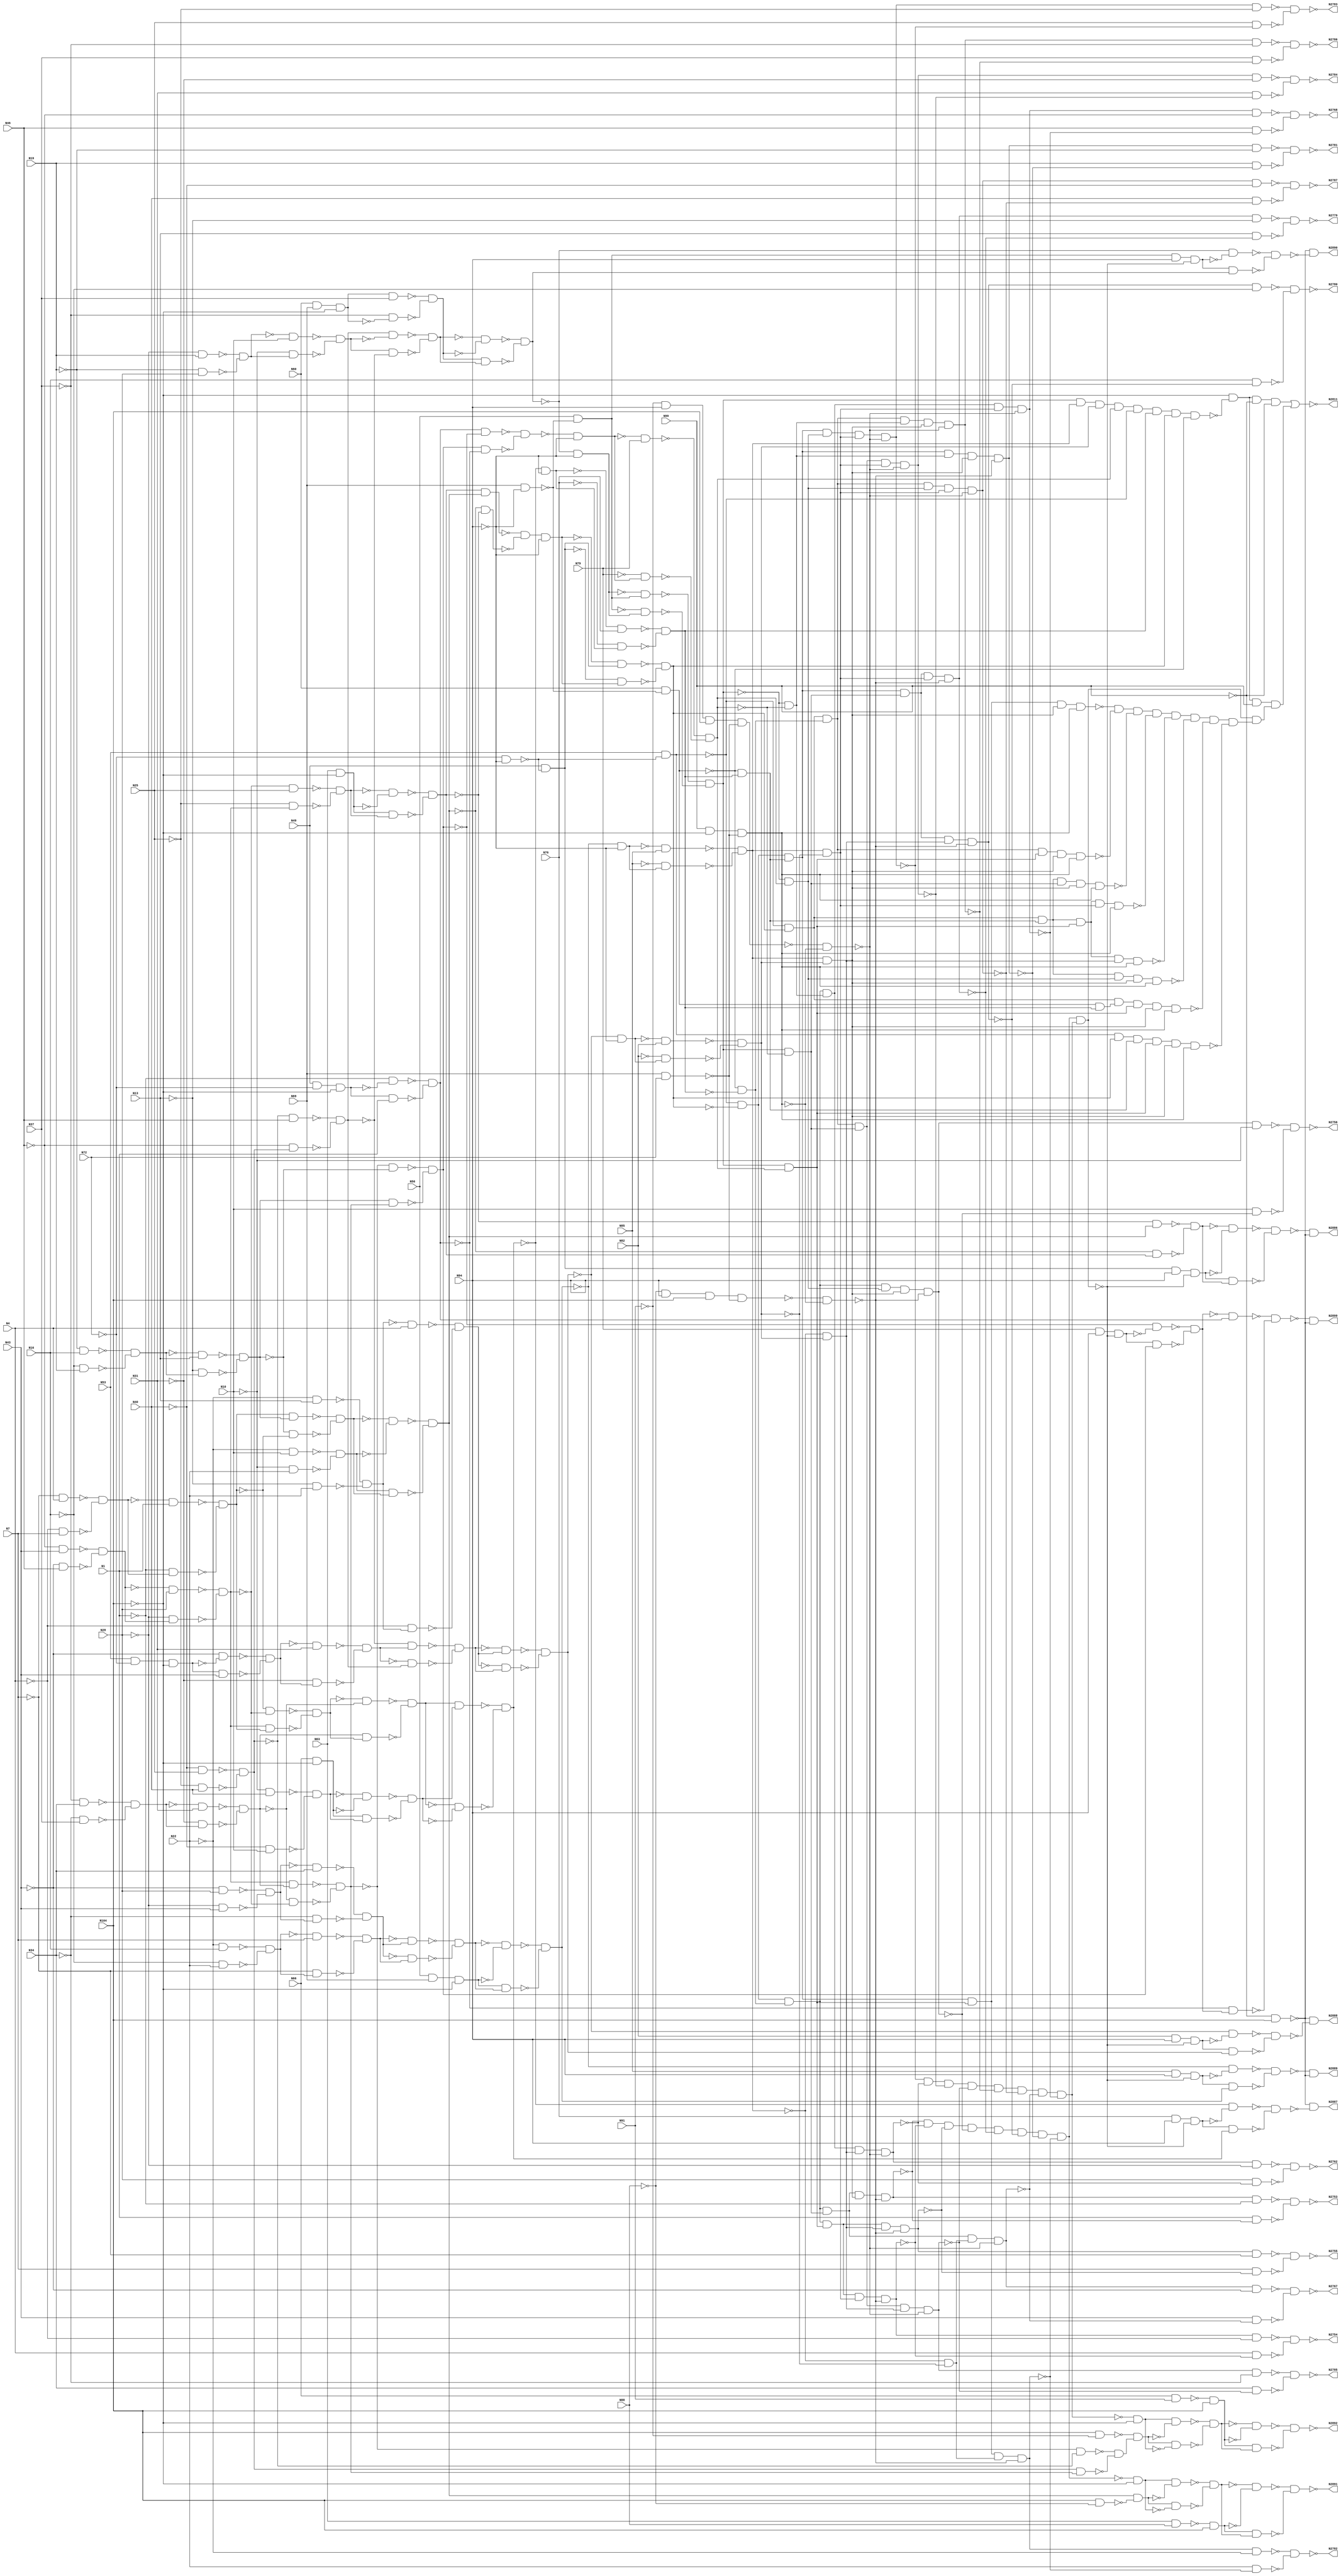
// Verilog
// c1908
// Ninputs 33
// Noutputs 25
// NtotalGates 880
// NOT1 277
// NAND2 347
// BUFF1 162
// AND2 30
// AND3 12
// NAND4 2
// NAND3 1
// NAND8 3
// AND4 2
// NAND5 24
// AND5 16
// AND8 3
// NOR2 1

module c1908 (N1,N4,N7,N10,N13,N16,N19,N22,N25,N28,
              N31,N34,N37,N40,N43,N46,N49,N53,N56,N60,
              N63,N66,N69,N72,N76,N79,N82,N85,N88,N91,
              N94,N99,N104,N2753,N2754,N2755,N2756,N2762,N2767,N2768,
              N2779,N2780,N2781,N2782,N2783,N2784,N2785,N2786,N2787,N2811,
              N2886,N2887,N2888,N2889,N2890,N2891,N2892,N2899);

input N1,N4,N7,N10,N13,N16,N19,N22,N25,N28,
      N31,N34,N37,N40,N43,N46,N49,N53,N56,N60,
      N63,N66,N69,N72,N76,N79,N82,N85,N88,N91,
      N94,N99,N104;

output N2753,N2754,N2755,N2756,N2762,N2767,N2768,N2779,N2780,N2781,
       N2782,N2783,N2784,N2785,N2786,N2787,N2811,N2886,N2887,N2888,
       N2889,N2890,N2891,N2892,N2899;

wire N190,N194,N197,N201,N206,N209,N212,N216,N220,N225,
     N229,N232,N235,N239,N243,N247,N251,N252,N253,N256,
     N257,N260,N263,N266,N269,N272,N275,N276,N277,N280,
     N283,N290,N297,N300,N303,N306,N313,N316,N319,N326,
     N331,N338,N343,N346,N349,N352,N355,N358,N361,N364,
     N367,N370,N373,N376,N379,N382,N385,N388,N534,N535,
     N536,N537,N538,N539,N540,N541,N542,N543,N544,N545,
     N546,N547,N548,N549,N550,N551,N552,N553,N554,N555,
     N556,N559,N562,N565,N568,N571,N574,N577,N580,N583,
     N586,N589,N592,N595,N598,N601,N602,N603,N608,N612,
     N616,N619,N622,N625,N628,N631,N634,N637,N640,N643,
     N646,N649,N652,N655,N658,N661,N664,N667,N670,N673,
     N676,N679,N682,N685,N688,N691,N694,N697,N700,N703,
     N706,N709,N712,N715,N718,N721,N724,N727,N730,N733,
     N736,N739,N742,N745,N748,N751,N886,N887,N888,N889,
     N890,N891,N892,N893,N894,N895,N896,N897,N898,N899,
     N903,N907,N910,N913,N914,N915,N916,N917,N918,N919,
     N920,N921,N922,N923,N926,N935,N938,N939,N942,N943,
     N946,N947,N950,N951,N954,N955,N958,N959,N962,N965,
     N968,N969,N972,N973,N976,N977,N980,N981,N984,N985,
     N988,N989,N990,N991,N992,N993,N994,N997,N998,N1001,
     N1002,N1003,N1004,N1005,N1006,N1007,N1008,N1009,N1010,N1013,
     N1016,N1019,N1022,N1025,N1028,N1031,N1034,N1037,N1040,N1043,
     N1046,N1049,N1054,N1055,N1063,N1064,N1067,N1068,N1119,N1120,
     N1121,N1122,N1128,N1129,N1130,N1131,N1132,N1133,N1148,N1149,
     N1150,N1151,N1152,N1153,N1154,N1155,N1156,N1157,N1158,N1159,
     N1160,N1161,N1162,N1163,N1164,N1167,N1168,N1171,N1188,N1205,
     N1206,N1207,N1208,N1209,N1210,N1211,N1212,N1213,N1214,N1215,
     N1216,N1217,N1218,N1219,N1220,N1221,N1222,N1223,N1224,N1225,
     N1226,N1227,N1228,N1229,N1230,N1231,N1232,N1235,N1238,N1239,
     N1240,N1241,N1242,N1243,N1246,N1249,N1252,N1255,N1258,N1261,
     N1264,N1267,N1309,N1310,N1311,N1312,N1313,N1314,N1315,N1316,
     N1317,N1318,N1319,N1322,N1327,N1328,N1334,N1344,N1345,N1346,
     N1348,N1349,N1350,N1351,N1352,N1355,N1358,N1361,N1364,N1367,
     N1370,N1373,N1376,N1379,N1383,N1386,N1387,N1388,N1389,N1390,
     N1393,N1396,N1397,N1398,N1399,N1409,N1412,N1413,N1416,N1419,
     N1433,N1434,N1438,N1439,N1440,N1443,N1444,N1445,N1446,N1447,
     N1448,N1451,N1452,N1453,N1454,N1455,N1456,N1457,N1458,N1459,
     N1460,N1461,N1462,N1463,N1464,N1468,N1469,N1470,N1471,N1472,
     N1475,N1476,N1478,N1481,N1484,N1487,N1488,N1489,N1490,N1491,
     N1492,N1493,N1494,N1495,N1496,N1498,N1499,N1500,N1501,N1504,
     N1510,N1513,N1514,N1517,N1520,N1521,N1522,N1526,N1527,N1528,
     N1529,N1530,N1531,N1532,N1534,N1537,N1540,N1546,N1554,N1557,
     N1561,N1567,N1568,N1569,N1571,N1576,N1588,N1591,N1593,N1594,
     N1595,N1596,N1600,N1603,N1606,N1609,N1612,N1615,N1620,N1623,
     N1635,N1636,N1638,N1639,N1640,N1643,N1647,N1651,N1658,N1661,
     N1664,N1671,N1672,N1675,N1677,N1678,N1679,N1680,N1681,N1682,
     N1683,N1685,N1688,N1697,N1701,N1706,N1707,N1708,N1709,N1710,
     N1711,N1712,N1713,N1714,N1717,N1720,N1721,N1723,N1727,N1728,
     N1730,N1731,N1734,N1740,N1741,N1742,N1746,N1747,N1748,N1751,
     N1759,N1761,N1762,N1763,N1764,N1768,N1769,N1772,N1773,N1774,
     N1777,N1783,N1784,N1785,N1786,N1787,N1788,N1791,N1792,N1795,
     N1796,N1798,N1801,N1802,N1807,N1808,N1809,N1810,N1812,N1815,
     N1818,N1821,N1822,N1823,N1824,N1825,N1826,N1827,N1830,N1837,
     N1838,N1841,N1848,N1849,N1850,N1852,N1855,N1856,N1857,N1858,
     N1864,N1865,N1866,N1869,N1872,N1875,N1878,N1879,N1882,N1883,
     N1884,N1885,N1889,N1895,N1896,N1897,N1898,N1902,N1910,N1911,
     N1912,N1913,N1915,N1919,N1920,N1921,N1922,N1923,N1924,N1927,
     N1930,N1933,N1936,N1937,N1938,N1941,N1942,N1944,N1947,N1950,
     N1953,N1958,N1961,N1965,N1968,N1975,N1976,N1977,N1978,N1979,
     N1980,N1985,N1987,N1999,N2000,N2002,N2003,N2004,N2005,N2006,
     N2007,N2008,N2009,N2012,N2013,N2014,N2015,N2016,N2018,N2019,
     N2020,N2021,N2022,N2023,N2024,N2025,N2026,N2027,N2030,N2033,
     N2036,N2037,N2038,N2039,N2040,N2041,N2042,N2047,N2052,N2055,
     N2060,N2061,N2062,N2067,N2068,N2071,N2076,N2077,N2078,N2081,
     N2086,N2089,N2104,N2119,N2129,N2143,N2148,N2151,N2196,N2199,
     N2202,N2205,N2214,N2215,N2216,N2217,N2222,N2223,N2224,N2225,
     N2226,N2227,N2228,N2229,N2230,N2231,N2232,N2233,N2234,N2235,
     N2236,N2237,N2240,N2241,N2244,N2245,N2250,N2253,N2256,N2257,
     N2260,N2263,N2266,N2269,N2272,N2279,N2286,N2297,N2315,N2326,
     N2340,N2353,N2361,N2375,N2384,N2385,N2386,N2426,N2427,N2537,
     N2540,N2543,N2546,N2549,N2552,N2555,N2558,N2561,N2564,N2567,
     N2570,N2573,N2576,N2594,N2597,N2600,N2603,N2606,N2611,N2614,
     N2617,N2620,N2627,N2628,N2629,N2630,N2631,N2632,N2633,N2634,
     N2639,N2642,N2645,N2648,N2651,N2655,N2658,N2661,N2664,N2669,
     N2670,N2671,N2672,N2673,N2674,N2675,N2676,N2682,N2683,N2688,
     N2689,N2690,N2691,N2710,N2720,N2721,N2722,N2723,N2724,N2725,
     N2726,N2727,N2728,N2729,N2730,N2731,N2732,N2733,N2734,N2735,
     N2736,N2737,N2738,N2739,N2740,N2741,N2742,N2743,N2744,N2745,
     N2746,N2747,N2750,N2757,N2758,N2759,N2760,N2761,N2763,N2764,
     N2765,N2766,N2773,N2776,N2788,N2789,N2800,N2807,N2808,N2809,
     N2810,N2812,N2815,N2818,N2821,N2824,N2827,N2828,N2829,N2843,
     N2846,N2850,N2851,N2852,N2853,N2854,N2857,N2858,N2859,N2860,
     N2861,N2862,N2863,N2866,N2867,N2868,N2869,N2870,N2871,N2872,
     N2873,N2874,N2875,N2876,N2877,N2878,N2879,N2880,N2881,N2882,
     N2883,N2895,N2896,N2897,N2898;

not NOT1_1 (N190, N1);
not NOT1_2 (N194, N4);
not NOT1_3 (N197, N7);
not NOT1_4 (N201, N10);
not NOT1_5 (N206, N13);
not NOT1_6 (N209, N16);
not NOT1_7 (N212, N19);
not NOT1_8 (N216, N22);
not NOT1_9 (N220, N25);
not NOT1_10 (N225, N28);
not NOT1_11 (N229, N31);
not NOT1_12 (N232, N34);
not NOT1_13 (N235, N37);
not NOT1_14 (N239, N40);
not NOT1_15 (N243, N43);
not NOT1_16 (N247, N46);
nand NAND2_17 (N251, N63, N88);
nand NAND2_18 (N252, N66, N91);
not NOT1_19 (N253, N72);
not NOT1_20 (N256, N72);
buf BUFF1_21 (N257, N69);
buf BUFF1_22 (N260, N69);
not NOT1_23 (N263, N76);
not NOT1_24 (N266, N79);
not NOT1_25 (N269, N82);
not NOT1_26 (N272, N85);
not NOT1_27 (N275, N104);
not NOT1_28 (N276, N104);
not NOT1_29 (N277, N88);
not NOT1_30 (N280, N91);
buf BUFF1_31 (N283, N94);
not NOT1_32 (N290, N94);
buf BUFF1_33 (N297, N94);
not NOT1_34 (N300, N94);
buf BUFF1_35 (N303, N99);
not NOT1_36 (N306, N99);
not NOT1_37 (N313, N99);
buf BUFF1_38 (N316, N104);
not NOT1_39 (N319, N104);
buf BUFF1_40 (N326, N104);
buf BUFF1_41 (N331, N104);
not NOT1_42 (N338, N104);
buf BUFF1_43 (N343, N1);
buf BUFF1_44 (N346, N4);
buf BUFF1_45 (N349, N7);
buf BUFF1_46 (N352, N10);
buf BUFF1_47 (N355, N13);
buf BUFF1_48 (N358, N16);
buf BUFF1_49 (N361, N19);
buf BUFF1_50 (N364, N22);
buf BUFF1_51 (N367, N25);
buf BUFF1_52 (N370, N28);
buf BUFF1_53 (N373, N31);
buf BUFF1_54 (N376, N34);
buf BUFF1_55 (N379, N37);
buf BUFF1_56 (N382, N40);
buf BUFF1_57 (N385, N43);
buf BUFF1_58 (N388, N46);
not NOT1_59 (N534, N343);
not NOT1_60 (N535, N346);
not NOT1_61 (N536, N349);
not NOT1_62 (N537, N352);
not NOT1_63 (N538, N355);
not NOT1_64 (N539, N358);
not NOT1_65 (N540, N361);
not NOT1_66 (N541, N364);
not NOT1_67 (N542, N367);
not NOT1_68 (N543, N370);
not NOT1_69 (N544, N373);
not NOT1_70 (N545, N376);
not NOT1_71 (N546, N379);
not NOT1_72 (N547, N382);
not NOT1_73 (N548, N385);
not NOT1_74 (N549, N388);
nand NAND2_75 (N550, N306, N331);
nand NAND2_76 (N551, N306, N331);
nand NAND2_77 (N552, N306, N331);
nand NAND2_78 (N553, N306, N331);
nand NAND2_79 (N554, N306, N331);
nand NAND2_80 (N555, N306, N331);
buf BUFF1_81 (N556, N190);
buf BUFF1_82 (N559, N194);
buf BUFF1_83 (N562, N206);
buf BUFF1_84 (N565, N209);
buf BUFF1_85 (N568, N225);
buf BUFF1_86 (N571, N243);
and AND2_87 (N574, N63, N319);
buf BUFF1_88 (N577, N220);
buf BUFF1_89 (N580, N229);
buf BUFF1_90 (N583, N232);
and AND2_91 (N586, N66, N319);
buf BUFF1_92 (N589, N239);
and AND3_93 (N592, N49, N253, N319);
buf BUFF1_94 (N595, N247);
buf BUFF1_95 (N598, N239);
nand NAND2_96 (N601, N326, N277);
nand NAND2_97 (N602, N326, N280);
nand NAND2_98 (N603, N260, N72);
nand NAND2_99 (N608, N260, N300);
nand NAND2_100 (N612, N256, N300);
buf BUFF1_101 (N616, N201);
buf BUFF1_102 (N619, N216);
buf BUFF1_103 (N622, N220);
buf BUFF1_104 (N625, N239);
buf BUFF1_105 (N628, N190);
buf BUFF1_106 (N631, N190);
buf BUFF1_107 (N634, N194);
buf BUFF1_108 (N637, N229);
buf BUFF1_109 (N640, N197);
and AND3_110 (N643, N56, N257, N319);
buf BUFF1_111 (N646, N232);
buf BUFF1_112 (N649, N201);
buf BUFF1_113 (N652, N235);
and AND3_114 (N655, N60, N257, N319);
buf BUFF1_115 (N658, N263);
buf BUFF1_116 (N661, N263);
buf BUFF1_117 (N664, N266);
buf BUFF1_118 (N667, N266);
buf BUFF1_119 (N670, N269);
buf BUFF1_120 (N673, N269);
buf BUFF1_121 (N676, N272);
buf BUFF1_122 (N679, N272);
and AND2_123 (N682, N251, N316);
and AND2_124 (N685, N252, N316);
buf BUFF1_125 (N688, N197);
buf BUFF1_126 (N691, N197);
buf BUFF1_127 (N694, N212);
buf BUFF1_128 (N697, N212);
buf BUFF1_129 (N700, N247);
buf BUFF1_130 (N703, N247);
buf BUFF1_131 (N706, N235);
buf BUFF1_132 (N709, N235);
buf BUFF1_133 (N712, N201);
buf BUFF1_134 (N715, N201);
buf BUFF1_135 (N718, N206);
buf BUFF1_136 (N721, N216);
and AND3_137 (N724, N53, N253, N319);
buf BUFF1_138 (N727, N243);
buf BUFF1_139 (N730, N220);
buf BUFF1_140 (N733, N220);
buf BUFF1_141 (N736, N209);
buf BUFF1_142 (N739, N216);
buf BUFF1_143 (N742, N225);
buf BUFF1_144 (N745, N243);
buf BUFF1_145 (N748, N212);
buf BUFF1_146 (N751, N225);
not NOT1_147 (N886, N682);
not NOT1_148 (N887, N685);
not NOT1_149 (N888, N616);
not NOT1_150 (N889, N619);
not NOT1_151 (N890, N622);
not NOT1_152 (N891, N625);
not NOT1_153 (N892, N631);
not NOT1_154 (N893, N643);
not NOT1_155 (N894, N649);
not NOT1_156 (N895, N652);
not NOT1_157 (N896, N655);
and AND2_158 (N897, N49, N612);
and AND2_159 (N898, N56, N608);
nand NAND2_160 (N899, N53, N612);
nand NAND2_161 (N903, N60, N608);
nand NAND2_162 (N907, N49, N612);
nand NAND2_163 (N910, N56, N608);
not NOT1_164 (N913, N661);
not NOT1_165 (N914, N658);
not NOT1_166 (N915, N667);
not NOT1_167 (N916, N664);
not NOT1_168 (N917, N673);
not NOT1_169 (N918, N670);
not NOT1_170 (N919, N679);
not NOT1_171 (N920, N676);
nand NAND4_172 (N921, N277, N297, N326, N603);
nand NAND4_173 (N922, N280, N297, N326, N603);
nand NAND3_174 (N923, N303, N338, N603);
and AND3_175 (N926, N303, N338, N603);
buf BUFF1_176 (N935, N556);
not NOT1_177 (N938, N688);
buf BUFF1_178 (N939, N556);
not NOT1_179 (N942, N691);
buf BUFF1_180 (N943, N562);
not NOT1_181 (N946, N694);
buf BUFF1_182 (N947, N562);
not NOT1_183 (N950, N697);
buf BUFF1_184 (N951, N568);
not NOT1_185 (N954, N700);
buf BUFF1_186 (N955, N568);
not NOT1_187 (N958, N703);
buf BUFF1_188 (N959, N574);
buf BUFF1_189 (N962, N574);
buf BUFF1_190 (N965, N580);
not NOT1_191 (N968, N706);
buf BUFF1_192 (N969, N580);
not NOT1_193 (N972, N709);
buf BUFF1_194 (N973, N586);
not NOT1_195 (N976, N712);
buf BUFF1_196 (N977, N586);
not NOT1_197 (N980, N715);
buf BUFF1_198 (N981, N592);
not NOT1_199 (N984, N628);
buf BUFF1_200 (N985, N592);
not NOT1_201 (N988, N718);
not NOT1_202 (N989, N721);
not NOT1_203 (N990, N634);
not NOT1_204 (N991, N724);
not NOT1_205 (N992, N727);
not NOT1_206 (N993, N637);
buf BUFF1_207 (N994, N595);
not NOT1_208 (N997, N730);
buf BUFF1_209 (N998, N595);
not NOT1_210 (N1001, N733);
not NOT1_211 (N1002, N736);
not NOT1_212 (N1003, N739);
not NOT1_213 (N1004, N640);
not NOT1_214 (N1005, N742);
not NOT1_215 (N1006, N745);
not NOT1_216 (N1007, N646);
not NOT1_217 (N1008, N748);
not NOT1_218 (N1009, N751);
buf BUFF1_219 (N1010, N559);
buf BUFF1_220 (N1013, N559);
buf BUFF1_221 (N1016, N565);
buf BUFF1_222 (N1019, N565);
buf BUFF1_223 (N1022, N571);
buf BUFF1_224 (N1025, N571);
buf BUFF1_225 (N1028, N577);
buf BUFF1_226 (N1031, N577);
buf BUFF1_227 (N1034, N583);
buf BUFF1_228 (N1037, N583);
buf BUFF1_229 (N1040, N589);
buf BUFF1_230 (N1043, N589);
buf BUFF1_231 (N1046, N598);
buf BUFF1_232 (N1049, N598);
nand NAND2_233 (N1054, N619, N888);
nand NAND2_234 (N1055, N616, N889);
nand NAND2_235 (N1063, N625, N890);
nand NAND2_236 (N1064, N622, N891);
nand NAND2_237 (N1067, N655, N895);
nand NAND2_238 (N1068, N652, N896);
nand NAND2_239 (N1119, N721, N988);
nand NAND2_240 (N1120, N718, N989);
nand NAND2_241 (N1121, N727, N991);
nand NAND2_242 (N1122, N724, N992);
nand NAND2_243 (N1128, N739, N1002);
nand NAND2_244 (N1129, N736, N1003);
nand NAND2_245 (N1130, N745, N1005);
nand NAND2_246 (N1131, N742, N1006);
nand NAND2_247 (N1132, N751, N1008);
nand NAND2_248 (N1133, N748, N1009);
not NOT1_249 (N1148, N939);
not NOT1_250 (N1149, N935);
nand NAND2_251 (N1150, N1054, N1055);
not NOT1_252 (N1151, N943);
not NOT1_253 (N1152, N947);
not NOT1_254 (N1153, N955);
not NOT1_255 (N1154, N951);
not NOT1_256 (N1155, N962);
not NOT1_257 (N1156, N969);
not NOT1_258 (N1157, N977);
nand NAND2_259 (N1158, N1063, N1064);
not NOT1_260 (N1159, N985);
nand NAND2_261 (N1160, N985, N892);
not NOT1_262 (N1161, N998);
nand NAND2_263 (N1162, N1067, N1068);
not NOT1_264 (N1163, N899);
buf BUFF1_265 (N1164, N899);
not NOT1_266 (N1167, N903);
buf BUFF1_267 (N1168, N903);
nand NAND2_268 (N1171, N921, N923);
nand NAND2_269 (N1188, N922, N923);
not NOT1_270 (N1205, N1010);
nand NAND2_271 (N1206, N1010, N938);
not NOT1_272 (N1207, N1013);
nand NAND2_273 (N1208, N1013, N942);
not NOT1_274 (N1209, N1016);
nand NAND2_275 (N1210, N1016, N946);
not NOT1_276 (N1211, N1019);
nand NAND2_277 (N1212, N1019, N950);
not NOT1_278 (N1213, N1022);
nand NAND2_279 (N1214, N1022, N954);
not NOT1_280 (N1215, N1025);
nand NAND2_281 (N1216, N1025, N958);
not NOT1_282 (N1217, N1028);
not NOT1_283 (N1218, N959);
not NOT1_284 (N1219, N1031);
not NOT1_285 (N1220, N1034);
nand NAND2_286 (N1221, N1034, N968);
not NOT1_287 (N1222, N965);
not NOT1_288 (N1223, N1037);
nand NAND2_289 (N1224, N1037, N972);
not NOT1_290 (N1225, N1040);
nand NAND2_291 (N1226, N1040, N976);
not NOT1_292 (N1227, N973);
not NOT1_293 (N1228, N1043);
nand NAND2_294 (N1229, N1043, N980);
not NOT1_295 (N1230, N981);
nand NAND2_296 (N1231, N981, N984);
nand NAND2_297 (N1232, N1119, N1120);
nand NAND2_298 (N1235, N1121, N1122);
not NOT1_299 (N1238, N1046);
nand NAND2_300 (N1239, N1046, N997);
not NOT1_301 (N1240, N994);
not NOT1_302 (N1241, N1049);
nand NAND2_303 (N1242, N1049, N1001);
nand NAND2_304 (N1243, N1128, N1129);
nand NAND2_305 (N1246, N1130, N1131);
nand NAND2_306 (N1249, N1132, N1133);
buf BUFF1_307 (N1252, N907);
buf BUFF1_308 (N1255, N907);
buf BUFF1_309 (N1258, N910);
buf BUFF1_310 (N1261, N910);
not NOT1_311 (N1264, N1150);
nand NAND2_312 (N1267, N631, N1159);
nand NAND2_313 (N1309, N688, N1205);
nand NAND2_314 (N1310, N691, N1207);
nand NAND2_315 (N1311, N694, N1209);
nand NAND2_316 (N1312, N697, N1211);
nand NAND2_317 (N1313, N700, N1213);
nand NAND2_318 (N1314, N703, N1215);
nand NAND2_319 (N1315, N706, N1220);
nand NAND2_320 (N1316, N709, N1223);
nand NAND2_321 (N1317, N712, N1225);
nand NAND2_322 (N1318, N715, N1228);
not NOT1_323 (N1319, N1158);
nand NAND2_324 (N1322, N628, N1230);
nand NAND2_325 (N1327, N730, N1238);
nand NAND2_326 (N1328, N733, N1241);
not NOT1_327 (N1334, N1162);
nand NAND2_328 (N1344, N1267, N1160);
nand NAND2_329 (N1345, N1249, N894);
not NOT1_330 (N1346, N1249);
not NOT1_331 (N1348, N1255);
not NOT1_332 (N1349, N1252);
not NOT1_333 (N1350, N1261);
not NOT1_334 (N1351, N1258);
nand NAND2_335 (N1352, N1309, N1206);
nand NAND2_336 (N1355, N1310, N1208);
nand NAND2_337 (N1358, N1311, N1210);
nand NAND2_338 (N1361, N1312, N1212);
nand NAND2_339 (N1364, N1313, N1214);
nand NAND2_340 (N1367, N1314, N1216);
nand NAND2_341 (N1370, N1315, N1221);
nand NAND2_342 (N1373, N1316, N1224);
nand NAND2_343 (N1376, N1317, N1226);
nand NAND2_344 (N1379, N1318, N1229);
nand NAND2_345 (N1383, N1322, N1231);
not NOT1_346 (N1386, N1232);
nand NAND2_347 (N1387, N1232, N990);
not NOT1_348 (N1388, N1235);
nand NAND2_349 (N1389, N1235, N993);
nand NAND2_350 (N1390, N1327, N1239);
nand NAND2_351 (N1393, N1328, N1242);
not NOT1_352 (N1396, N1243);
nand NAND2_353 (N1397, N1243, N1004);
not NOT1_354 (N1398, N1246);
nand NAND2_355 (N1399, N1246, N1007);
not NOT1_356 (N1409, N1319);
nand NAND2_357 (N1412, N649, N1346);
not NOT1_358 (N1413, N1334);
buf BUFF1_359 (N1416, N1264);
buf BUFF1_360 (N1419, N1264);
nand NAND2_361 (N1433, N634, N1386);
nand NAND2_362 (N1434, N637, N1388);
nand NAND2_363 (N1438, N640, N1396);
nand NAND2_364 (N1439, N646, N1398);
not NOT1_365 (N1440, N1344);
nand NAND2_366 (N1443, N1355, N1148);
not NOT1_367 (N1444, N1355);
nand NAND2_368 (N1445, N1352, N1149);
not NOT1_369 (N1446, N1352);
nand NAND2_370 (N1447, N1358, N1151);
not NOT1_371 (N1448, N1358);
nand NAND2_372 (N1451, N1361, N1152);
not NOT1_373 (N1452, N1361);
nand NAND2_374 (N1453, N1367, N1153);
not NOT1_375 (N1454, N1367);
nand NAND2_376 (N1455, N1364, N1154);
not NOT1_377 (N1456, N1364);
nand NAND2_378 (N1457, N1373, N1156);
not NOT1_379 (N1458, N1373);
nand NAND2_380 (N1459, N1379, N1157);
not NOT1_381 (N1460, N1379);
not NOT1_382 (N1461, N1383);
nand NAND2_383 (N1462, N1393, N1161);
not NOT1_384 (N1463, N1393);
nand NAND2_385 (N1464, N1345, N1412);
not NOT1_386 (N1468, N1370);
nand NAND2_387 (N1469, N1370, N1222);
not NOT1_388 (N1470, N1376);
nand NAND2_389 (N1471, N1376, N1227);
nand NAND2_390 (N1472, N1387, N1433);
not NOT1_391 (N1475, N1390);
nand NAND2_392 (N1476, N1390, N1240);
nand NAND2_393 (N1478, N1389, N1434);
nand NAND2_394 (N1481, N1399, N1439);
nand NAND2_395 (N1484, N1397, N1438);
nand NAND2_396 (N1487, N939, N1444);
nand NAND2_397 (N1488, N935, N1446);
nand NAND2_398 (N1489, N943, N1448);
not NOT1_399 (N1490, N1419);
not NOT1_400 (N1491, N1416);
nand NAND2_401 (N1492, N947, N1452);
nand NAND2_402 (N1493, N955, N1454);
nand NAND2_403 (N1494, N951, N1456);
nand NAND2_404 (N1495, N969, N1458);
nand NAND2_405 (N1496, N977, N1460);
nand NAND2_406 (N1498, N998, N1463);
not NOT1_407 (N1499, N1440);
nand NAND2_408 (N1500, N965, N1468);
nand NAND2_409 (N1501, N973, N1470);
nand NAND2_410 (N1504, N994, N1475);
not NOT1_411 (N1510, N1464);
nand NAND2_412 (N1513, N1443, N1487);
nand NAND2_413 (N1514, N1445, N1488);
nand NAND2_414 (N1517, N1447, N1489);
nand NAND2_415 (N1520, N1451, N1492);
nand NAND2_416 (N1521, N1453, N1493);
nand NAND2_417 (N1522, N1455, N1494);
nand NAND2_418 (N1526, N1457, N1495);
nand NAND2_419 (N1527, N1459, N1496);
not NOT1_420 (N1528, N1472);
nand NAND2_421 (N1529, N1462, N1498);
not NOT1_422 (N1530, N1478);
not NOT1_423 (N1531, N1481);
not NOT1_424 (N1532, N1484);
nand NAND2_425 (N1534, N1471, N1501);
nand NAND2_426 (N1537, N1469, N1500);
nand NAND2_427 (N1540, N1476, N1504);
not NOT1_428 (N1546, N1513);
not NOT1_429 (N1554, N1521);
not NOT1_430 (N1557, N1526);
not NOT1_431 (N1561, N1520);
nand NAND2_432 (N1567, N1484, N1531);
nand NAND2_433 (N1568, N1481, N1532);
not NOT1_434 (N1569, N1510);
not NOT1_435 (N1571, N1527);
not NOT1_436 (N1576, N1529);
buf BUFF1_437 (N1588, N1522);
not NOT1_438 (N1591, N1534);
not NOT1_439 (N1593, N1537);
nand NAND2_440 (N1594, N1540, N1530);
not NOT1_441 (N1595, N1540);
nand NAND2_442 (N1596, N1567, N1568);
buf BUFF1_443 (N1600, N1517);
buf BUFF1_444 (N1603, N1517);
buf BUFF1_445 (N1606, N1522);
buf BUFF1_446 (N1609, N1522);
buf BUFF1_447 (N1612, N1514);
buf BUFF1_448 (N1615, N1514);
buf BUFF1_449 (N1620, N1557);
buf BUFF1_450 (N1623, N1554);
not NOT1_451 (N1635, N1571);
nand NAND2_452 (N1636, N1478, N1595);
nand NAND2_453 (N1638, N1576, N1569);
not NOT1_454 (N1639, N1576);
buf BUFF1_455 (N1640, N1561);
buf BUFF1_456 (N1643, N1561);
buf BUFF1_457 (N1647, N1546);
buf BUFF1_458 (N1651, N1546);
buf BUFF1_459 (N1658, N1554);
buf BUFF1_460 (N1661, N1557);
buf BUFF1_461 (N1664, N1557);
nand NAND2_462 (N1671, N1596, N893);
not NOT1_463 (N1672, N1596);
not NOT1_464 (N1675, N1600);
not NOT1_465 (N1677, N1603);
nand NAND2_466 (N1678, N1606, N1217);
not NOT1_467 (N1679, N1606);
nand NAND2_468 (N1680, N1609, N1219);
not NOT1_469 (N1681, N1609);
not NOT1_470 (N1682, N1612);
not NOT1_471 (N1683, N1615);
nand NAND2_472 (N1685, N1594, N1636);
nand NAND2_473 (N1688, N1510, N1639);
buf BUFF1_474 (N1697, N1588);
buf BUFF1_475 (N1701, N1588);
nand NAND2_476 (N1706, N643, N1672);
not NOT1_477 (N1707, N1643);
nand NAND2_478 (N1708, N1647, N1675);
not NOT1_479 (N1709, N1647);
nand NAND2_480 (N1710, N1651, N1677);
not NOT1_481 (N1711, N1651);
nand NAND2_482 (N1712, N1028, N1679);
nand NAND2_483 (N1713, N1031, N1681);
buf BUFF1_484 (N1714, N1620);
buf BUFF1_485 (N1717, N1620);
nand NAND2_486 (N1720, N1658, N1593);
not NOT1_487 (N1721, N1658);
nand NAND2_488 (N1723, N1638, N1688);
not NOT1_489 (N1727, N1661);
not NOT1_490 (N1728, N1640);
not NOT1_491 (N1730, N1664);
buf BUFF1_492 (N1731, N1623);
buf BUFF1_493 (N1734, N1623);
nand NAND2_494 (N1740, N1685, N1528);
not NOT1_495 (N1741, N1685);
nand NAND2_496 (N1742, N1671, N1706);
nand NAND2_497 (N1746, N1600, N1709);
nand NAND2_498 (N1747, N1603, N1711);
nand NAND2_499 (N1748, N1678, N1712);
nand NAND2_500 (N1751, N1680, N1713);
nand NAND2_501 (N1759, N1537, N1721);
not NOT1_502 (N1761, N1697);
nand NAND2_503 (N1762, N1697, N1727);
not NOT1_504 (N1763, N1701);
nand NAND2_505 (N1764, N1701, N1730);
not NOT1_506 (N1768, N1717);
nand NAND2_507 (N1769, N1472, N1741);
nand NAND2_508 (N1772, N1723, N1413);
not NOT1_509 (N1773, N1723);
nand NAND2_510 (N1774, N1708, N1746);
nand NAND2_511 (N1777, N1710, N1747);
not NOT1_512 (N1783, N1731);
nand NAND2_513 (N1784, N1731, N1682);
not NOT1_514 (N1785, N1714);
not NOT1_515 (N1786, N1734);
nand NAND2_516 (N1787, N1734, N1683);
nand NAND2_517 (N1788, N1720, N1759);
nand NAND2_518 (N1791, N1661, N1761);
nand NAND2_519 (N1792, N1664, N1763);
nand NAND2_520 (N1795, N1751, N1155);
not NOT1_521 (N1796, N1751);
nand NAND2_522 (N1798, N1740, N1769);
nand NAND2_523 (N1801, N1334, N1773);
nand NAND2_524 (N1802, N1742, N290);
not NOT1_525 (N1807, N1748);
nand NAND2_526 (N1808, N1748, N1218);
nand NAND2_527 (N1809, N1612, N1783);
nand NAND2_528 (N1810, N1615, N1786);
nand NAND2_529 (N1812, N1791, N1762);
nand NAND2_530 (N1815, N1792, N1764);
buf BUFF1_531 (N1818, N1742);
nand NAND2_532 (N1821, N1777, N1490);
not NOT1_533 (N1822, N1777);
nand NAND2_534 (N1823, N1774, N1491);
not NOT1_535 (N1824, N1774);
nand NAND2_536 (N1825, N962, N1796);
nand NAND2_537 (N1826, N1788, N1409);
not NOT1_538 (N1827, N1788);
nand NAND2_539 (N1830, N1772, N1801);
nand NAND2_540 (N1837, N959, N1807);
nand NAND2_541 (N1838, N1809, N1784);
nand NAND2_542 (N1841, N1810, N1787);
nand NAND2_543 (N1848, N1419, N1822);
nand NAND2_544 (N1849, N1416, N1824);
nand NAND2_545 (N1850, N1795, N1825);
nand NAND2_546 (N1852, N1319, N1827);
nand NAND2_547 (N1855, N1815, N1707);
not NOT1_548 (N1856, N1815);
not NOT1_549 (N1857, N1818);
nand NAND2_550 (N1858, N1798, N290);
not NOT1_551 (N1864, N1812);
nand NAND2_552 (N1865, N1812, N1728);
buf BUFF1_553 (N1866, N1798);
buf BUFF1_554 (N1869, N1802);
buf BUFF1_555 (N1872, N1802);
nand NAND2_556 (N1875, N1808, N1837);
nand NAND2_557 (N1878, N1821, N1848);
nand NAND2_558 (N1879, N1823, N1849);
nand NAND2_559 (N1882, N1841, N1768);
not NOT1_560 (N1883, N1841);
nand NAND2_561 (N1884, N1826, N1852);
nand NAND2_562 (N1885, N1643, N1856);
nand NAND2_563 (N1889, N1830, N290);
not NOT1_564 (N1895, N1838);
nand NAND2_565 (N1896, N1838, N1785);
nand NAND2_566 (N1897, N1640, N1864);
not NOT1_567 (N1898, N1850);
buf BUFF1_568 (N1902, N1830);
not NOT1_569 (N1910, N1878);
nand NAND2_570 (N1911, N1717, N1883);
not NOT1_571 (N1912, N1884);
nand NAND2_572 (N1913, N1855, N1885);
not NOT1_573 (N1915, N1866);
nand NAND2_574 (N1919, N1872, N919);
not NOT1_575 (N1920, N1872);
nand NAND2_576 (N1921, N1869, N920);
not NOT1_577 (N1922, N1869);
not NOT1_578 (N1923, N1875);
nand NAND2_579 (N1924, N1714, N1895);
buf BUFF1_580 (N1927, N1858);
buf BUFF1_581 (N1930, N1858);
nand NAND2_582 (N1933, N1865, N1897);
nand NAND2_583 (N1936, N1882, N1911);
not NOT1_584 (N1937, N1898);
not NOT1_585 (N1938, N1902);
nand NAND2_586 (N1941, N679, N1920);
nand NAND2_587 (N1942, N676, N1922);
buf BUFF1_588 (N1944, N1879);
not NOT1_589 (N1947, N1913);
buf BUFF1_590 (N1950, N1889);
buf BUFF1_591 (N1953, N1889);
buf BUFF1_592 (N1958, N1879);
nand NAND2_593 (N1961, N1896, N1924);
and AND2_594 (N1965, N1910, N601);
and AND2_595 (N1968, N602, N1912);
nand NAND2_596 (N1975, N1930, N917);
not NOT1_597 (N1976, N1930);
nand NAND2_598 (N1977, N1927, N918);
not NOT1_599 (N1978, N1927);
nand NAND2_600 (N1979, N1919, N1941);
nand NAND2_601 (N1980, N1921, N1942);
not NOT1_602 (N1985, N1933);
not NOT1_603 (N1987, N1936);
not NOT1_604 (N1999, N1944);
nand NAND2_605 (N2000, N1944, N1937);
not NOT1_606 (N2002, N1947);
nand NAND2_607 (N2003, N1947, N1499);
nand NAND2_608 (N2004, N1953, N1350);
not NOT1_609 (N2005, N1953);
nand NAND2_610 (N2006, N1950, N1351);
not NOT1_611 (N2007, N1950);
nand NAND2_612 (N2008, N673, N1976);
nand NAND2_613 (N2009, N670, N1978);
not NOT1_614 (N2012, N1979);
not NOT1_615 (N2013, N1958);
nand NAND2_616 (N2014, N1958, N1923);
not NOT1_617 (N2015, N1961);
nand NAND2_618 (N2016, N1961, N1635);
not NOT1_619 (N2018, N1965);
not NOT1_620 (N2019, N1968);
nand NAND2_621 (N2020, N1898, N1999);
not NOT1_622 (N2021, N1987);
nand NAND2_623 (N2022, N1987, N1591);
nand NAND2_624 (N2023, N1440, N2002);
nand NAND2_625 (N2024, N1261, N2005);
nand NAND2_626 (N2025, N1258, N2007);
nand NAND2_627 (N2026, N1975, N2008);
nand NAND2_628 (N2027, N1977, N2009);
not NOT1_629 (N2030, N1980);
buf BUFF1_630 (N2033, N1980);
nand NAND2_631 (N2036, N1875, N2013);
nand NAND2_632 (N2037, N1571, N2015);
nand NAND2_633 (N2038, N2020, N2000);
nand NAND2_634 (N2039, N1534, N2021);
nand NAND2_635 (N2040, N2023, N2003);
nand NAND2_636 (N2041, N2004, N2024);
nand NAND2_637 (N2042, N2006, N2025);
not NOT1_638 (N2047, N2026);
nand NAND2_639 (N2052, N2036, N2014);
nand NAND2_640 (N2055, N2037, N2016);
not NOT1_641 (N2060, N2038);
nand NAND2_642 (N2061, N2039, N2022);
nand NAND2_643 (N2062, N2040, N290);
not NOT1_644 (N2067, N2041);
not NOT1_645 (N2068, N2027);
buf BUFF1_646 (N2071, N2027);
not NOT1_647 (N2076, N2052);
not NOT1_648 (N2077, N2055);
nand NAND2_649 (N2078, N2060, N290);
nand NAND2_650 (N2081, N2061, N290);
not NOT1_651 (N2086, N2042);
buf BUFF1_652 (N2089, N2042);
and AND2_653 (N2104, N2030, N2068);
and AND2_654 (N2119, N2033, N2068);
and AND2_655 (N2129, N2030, N2071);
and AND2_656 (N2143, N2033, N2071);
buf BUFF1_657 (N2148, N2062);
buf BUFF1_658 (N2151, N2062);
buf BUFF1_659 (N2196, N2078);
buf BUFF1_660 (N2199, N2078);
buf BUFF1_661 (N2202, N2081);
buf BUFF1_662 (N2205, N2081);
nand NAND2_663 (N2214, N2151, N915);
not NOT1_664 (N2215, N2151);
nand NAND2_665 (N2216, N2148, N916);
not NOT1_666 (N2217, N2148);
nand NAND2_667 (N2222, N2199, N1348);
not NOT1_668 (N2223, N2199);
nand NAND2_669 (N2224, N2196, N1349);
not NOT1_670 (N2225, N2196);
nand NAND2_671 (N2226, N2205, N913);
not NOT1_672 (N2227, N2205);
nand NAND2_673 (N2228, N2202, N914);
not NOT1_674 (N2229, N2202);
nand NAND2_675 (N2230, N667, N2215);
nand NAND2_676 (N2231, N664, N2217);
nand NAND2_677 (N2232, N1255, N2223);
nand NAND2_678 (N2233, N1252, N2225);
nand NAND2_679 (N2234, N661, N2227);
nand NAND2_680 (N2235, N658, N2229);
nand NAND2_681 (N2236, N2214, N2230);
nand NAND2_682 (N2237, N2216, N2231);
nand NAND2_683 (N2240, N2222, N2232);
nand NAND2_684 (N2241, N2224, N2233);
nand NAND2_685 (N2244, N2226, N2234);
nand NAND2_686 (N2245, N2228, N2235);
not NOT1_687 (N2250, N2236);
not NOT1_688 (N2253, N2240);
not NOT1_689 (N2256, N2244);
not NOT1_690 (N2257, N2237);
buf BUFF1_691 (N2260, N2237);
not NOT1_692 (N2263, N2241);
and AND2_693 (N2266, N1164, N2241);
not NOT1_694 (N2269, N2245);
and AND2_695 (N2272, N1168, N2245);
nand NAND8_696 (N2279, N2067, N2012, N2047, N2250, N899, N2256, N2253, N903);
buf BUFF1_697 (N2286, N2266);
buf BUFF1_698 (N2297, N2266);
buf BUFF1_699 (N2315, N2272);
buf BUFF1_700 (N2326, N2272);
and AND2_701 (N2340, N2086, N2257);
and AND2_702 (N2353, N2089, N2257);
and AND2_703 (N2361, N2086, N2260);
and AND2_704 (N2375, N2089, N2260);
and AND4_705 (N2384, N338, N2279, N313, N313);
and AND2_706 (N2385, N1163, N2263);
and AND2_707 (N2386, N1164, N2263);
and AND2_708 (N2426, N1167, N2269);
and AND2_709 (N2427, N1168, N2269);
nand NAND5_710 (N2537, N2286, N2315, N2361, N2104, N1171);
nand NAND5_711 (N2540, N2286, N2315, N2340, N2129, N1171);
nand NAND5_712 (N2543, N2286, N2315, N2340, N2119, N1171);
nand NAND5_713 (N2546, N2286, N2315, N2353, N2104, N1171);
nand NAND5_714 (N2549, N2297, N2315, N2375, N2119, N1188);
nand NAND5_715 (N2552, N2297, N2326, N2361, N2143, N1188);
nand NAND5_716 (N2555, N2297, N2326, N2375, N2129, N1188);
and AND5_717 (N2558, N2286, N2315, N2361, N2104, N1171);
and AND5_718 (N2561, N2286, N2315, N2340, N2129, N1171);
and AND5_719 (N2564, N2286, N2315, N2340, N2119, N1171);
and AND5_720 (N2567, N2286, N2315, N2353, N2104, N1171);
and AND5_721 (N2570, N2297, N2315, N2375, N2119, N1188);
and AND5_722 (N2573, N2297, N2326, N2361, N2143, N1188);
and AND5_723 (N2576, N2297, N2326, N2375, N2129, N1188);
nand NAND5_724 (N2594, N2286, N2427, N2361, N2129, N1171);
nand NAND5_725 (N2597, N2297, N2427, N2361, N2119, N1171);
nand NAND5_726 (N2600, N2297, N2427, N2375, N2104, N1171);
nand NAND5_727 (N2603, N2297, N2427, N2340, N2143, N1171);
nand NAND5_728 (N2606, N2297, N2427, N2353, N2129, N1188);
nand NAND5_729 (N2611, N2386, N2326, N2361, N2129, N1188);
nand NAND5_730 (N2614, N2386, N2326, N2361, N2119, N1188);
nand NAND5_731 (N2617, N2386, N2326, N2375, N2104, N1188);
nand NAND5_732 (N2620, N2386, N2326, N2353, N2129, N1188);
nand NAND5_733 (N2627, N2297, N2427, N2340, N2104, N926);
nand NAND5_734 (N2628, N2386, N2326, N2340, N2104, N926);
nand NAND5_735 (N2629, N2386, N2427, N2361, N2104, N926);
nand NAND5_736 (N2630, N2386, N2427, N2340, N2129, N926);
nand NAND5_737 (N2631, N2386, N2427, N2340, N2119, N926);
nand NAND5_738 (N2632, N2386, N2427, N2353, N2104, N926);
nand NAND5_739 (N2633, N2386, N2426, N2340, N2104, N926);
nand NAND5_740 (N2634, N2385, N2427, N2340, N2104, N926);
and AND5_741 (N2639, N2286, N2427, N2361, N2129, N1171);
and AND5_742 (N2642, N2297, N2427, N2361, N2119, N1171);
and AND5_743 (N2645, N2297, N2427, N2375, N2104, N1171);
and AND5_744 (N2648, N2297, N2427, N2340, N2143, N1171);
and AND5_745 (N2651, N2297, N2427, N2353, N2129, N1188);
and AND5_746 (N2655, N2386, N2326, N2361, N2129, N1188);
and AND5_747 (N2658, N2386, N2326, N2361, N2119, N1188);
and AND5_748 (N2661, N2386, N2326, N2375, N2104, N1188);
and AND5_749 (N2664, N2386, N2326, N2353, N2129, N1188);
nand NAND2_750 (N2669, N2558, N534);
not NOT1_751 (N2670, N2558);
nand NAND2_752 (N2671, N2561, N535);
not NOT1_753 (N2672, N2561);
nand NAND2_754 (N2673, N2564, N536);
not NOT1_755 (N2674, N2564);
nand NAND2_756 (N2675, N2567, N537);
not NOT1_757 (N2676, N2567);
nand NAND2_758 (N2682, N2570, N543);
not NOT1_759 (N2683, N2570);
nand NAND2_760 (N2688, N2573, N548);
not NOT1_761 (N2689, N2573);
nand NAND2_762 (N2690, N2576, N549);
not NOT1_763 (N2691, N2576);
and AND8_764 (N2710, N2627, N2628, N2629, N2630, N2631, N2632, N2633, N2634);
nand NAND2_765 (N2720, N343, N2670);
nand NAND2_766 (N2721, N346, N2672);
nand NAND2_767 (N2722, N349, N2674);
nand NAND2_768 (N2723, N352, N2676);
nand NAND2_769 (N2724, N2639, N538);
not NOT1_770 (N2725, N2639);
nand NAND2_771 (N2726, N2642, N539);
not NOT1_772 (N2727, N2642);
nand NAND2_773 (N2728, N2645, N540);
not NOT1_774 (N2729, N2645);
nand NAND2_775 (N2730, N2648, N541);
not NOT1_776 (N2731, N2648);
nand NAND2_777 (N2732, N2651, N542);
not NOT1_778 (N2733, N2651);
nand NAND2_779 (N2734, N370, N2683);
nand NAND2_780 (N2735, N2655, N544);
not NOT1_781 (N2736, N2655);
nand NAND2_782 (N2737, N2658, N545);
not NOT1_783 (N2738, N2658);
nand NAND2_784 (N2739, N2661, N546);
not NOT1_785 (N2740, N2661);
nand NAND2_786 (N2741, N2664, N547);
not NOT1_787 (N2742, N2664);
nand NAND2_788 (N2743, N385, N2689);
nand NAND2_789 (N2744, N388, N2691);
nand NAND8_790 (N2745, N2537, N2540, N2543, N2546, N2594, N2597, N2600, N2603);
nand NAND8_791 (N2746, N2606, N2549, N2611, N2614, N2617, N2620, N2552, N2555);
and AND8_792 (N2747, N2537, N2540, N2543, N2546, N2594, N2597, N2600, N2603);
and AND8_793 (N2750, N2606, N2549, N2611, N2614, N2617, N2620, N2552, N2555);
nand NAND2_794 (N2753, N2669, N2720);
nand NAND2_795 (N2754, N2671, N2721);
nand NAND2_796 (N2755, N2673, N2722);
nand NAND2_797 (N2756, N2675, N2723);
nand NAND2_798 (N2757, N355, N2725);
nand NAND2_799 (N2758, N358, N2727);
nand NAND2_800 (N2759, N361, N2729);
nand NAND2_801 (N2760, N364, N2731);
nand NAND2_802 (N2761, N367, N2733);
nand NAND2_803 (N2762, N2682, N2734);
nand NAND2_804 (N2763, N373, N2736);
nand NAND2_805 (N2764, N376, N2738);
nand NAND2_806 (N2765, N379, N2740);
nand NAND2_807 (N2766, N382, N2742);
nand NAND2_808 (N2767, N2688, N2743);
nand NAND2_809 (N2768, N2690, N2744);
and AND2_810 (N2773, N2745, N275);
and AND2_811 (N2776, N2746, N276);
nand NAND2_812 (N2779, N2724, N2757);
nand NAND2_813 (N2780, N2726, N2758);
nand NAND2_814 (N2781, N2728, N2759);
nand NAND2_815 (N2782, N2730, N2760);
nand NAND2_816 (N2783, N2732, N2761);
nand NAND2_817 (N2784, N2735, N2763);
nand NAND2_818 (N2785, N2737, N2764);
nand NAND2_819 (N2786, N2739, N2765);
nand NAND2_820 (N2787, N2741, N2766);
and AND3_821 (N2788, N2747, N2750, N2710);
nand NAND2_822 (N2789, N2747, N2750);
and AND4_823 (N2800, N338, N2279, N99, N2788);
nand NAND2_824 (N2807, N2773, N2018);
not NOT1_825 (N2808, N2773);
nand NAND2_826 (N2809, N2776, N2019);
not NOT1_827 (N2810, N2776);
nor NOR2_828 (N2811, N2384, N2800);
and AND3_829 (N2812, N897, N283, N2789);
and AND3_830 (N2815, N76, N283, N2789);
and AND3_831 (N2818, N82, N283, N2789);
and AND3_832 (N2821, N85, N283, N2789);
and AND3_833 (N2824, N898, N283, N2789);
nand NAND2_834 (N2827, N1965, N2808);
nand NAND2_835 (N2828, N1968, N2810);
and AND3_836 (N2829, N79, N283, N2789);
nand NAND2_837 (N2843, N2807, N2827);
nand NAND2_838 (N2846, N2809, N2828);
nand NAND2_839 (N2850, N2812, N2076);
nand NAND2_840 (N2851, N2815, N2077);
nand NAND2_841 (N2852, N2818, N1915);
nand NAND2_842 (N2853, N2821, N1857);
nand NAND2_843 (N2854, N2824, N1938);
not NOT1_844 (N2857, N2812);
not NOT1_845 (N2858, N2815);
not NOT1_846 (N2859, N2818);
not NOT1_847 (N2860, N2821);
not NOT1_848 (N2861, N2824);
not NOT1_849 (N2862, N2829);
nand NAND2_850 (N2863, N2829, N1985);
nand NAND2_851 (N2866, N2052, N2857);
nand NAND2_852 (N2867, N2055, N2858);
nand NAND2_853 (N2868, N1866, N2859);
nand NAND2_854 (N2869, N1818, N2860);
nand NAND2_855 (N2870, N1902, N2861);
nand NAND2_856 (N2871, N2843, N886);
not NOT1_857 (N2872, N2843);
nand NAND2_858 (N2873, N2846, N887);
not NOT1_859 (N2874, N2846);
nand NAND2_860 (N2875, N1933, N2862);
nand NAND2_861 (N2876, N2866, N2850);
nand NAND2_862 (N2877, N2867, N2851);
nand NAND2_863 (N2878, N2868, N2852);
nand NAND2_864 (N2879, N2869, N2853);
nand NAND2_865 (N2880, N2870, N2854);
nand NAND2_866 (N2881, N682, N2872);
nand NAND2_867 (N2882, N685, N2874);
nand NAND2_868 (N2883, N2875, N2863);
and AND2_869 (N2886, N2876, N550);
and AND2_870 (N2887, N551, N2877);
and AND2_871 (N2888, N553, N2878);
and AND2_872 (N2889, N2879, N554);
and AND2_873 (N2890, N555, N2880);
nand NAND2_874 (N2891, N2871, N2881);
nand NAND2_875 (N2892, N2873, N2882);
nand NAND2_876 (N2895, N2883, N1461);
not NOT1_877 (N2896, N2883);
nand NAND2_878 (N2897, N1383, N2896);
nand NAND2_879 (N2898, N2895, N2897);
and AND2_880 (N2899, N2898, N552);

endmodule